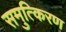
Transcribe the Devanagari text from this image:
समुत्किरण